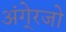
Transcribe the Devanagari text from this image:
अंगे्रजो